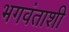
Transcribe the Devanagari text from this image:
भगवंताशी